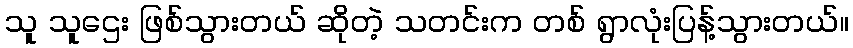
သူ သူဌေး ဖြစ်သွားတယ် ဆိုတဲ့ သတင်းက တစ် ရွာလုံးပြန့်သွားတယ်။